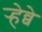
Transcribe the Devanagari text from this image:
र्‍हेव्वे